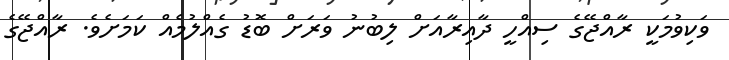
ވަކިވުމަކީ ރާއްޖޭގެ ސިއްހީ ދާއިރާއަށް ލިބުނު ވަރަށް ބޮޑު ގެއްލުމެއް ކަމަށެވެ. ރާއްޖޭގެ